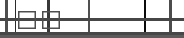
١٦